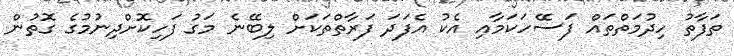
ތަފާތު ހިދުމަތްތައް ފަސޭހަކަމާއި އެކު އެފަދަ ފަރާތްތަކަށް ލިބޭނެ މަގު ފަހިކޮށްދިނުމުގެ ގޮތުން